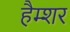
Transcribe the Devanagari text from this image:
हैम्शर